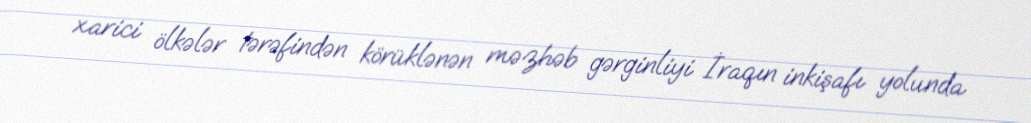
xarici ölkələr tərəfindən körüklənən məzhəb gərginliyi İraqın inkişafı yolunda